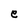
Character: e